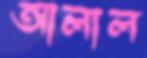
আলাল